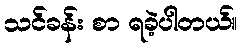
သင်ခန်း စာ ရခဲ့ပါတယ်။